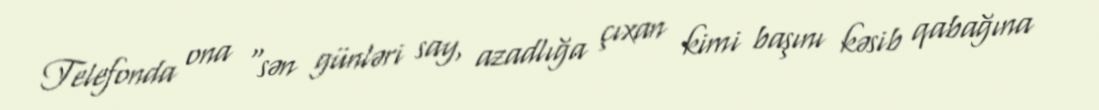
Telefonda ona “sən günləri say, azadlığa çıxan kimi başını kəsib qabağına